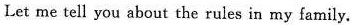
Let me tell you about the rules in my family. T